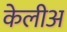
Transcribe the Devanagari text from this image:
केलीअ